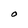
Character: O